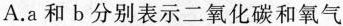
A.a和b 分别表示二氧化碳和氧气